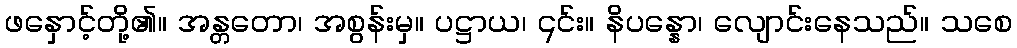
ဖနှောင့်တို့၏။ အန္တတော၊ အစွန်းမှ။ ပဋ္ဌာယ၊ ၎င်း။ နိပန္နော၊ လျောင်းနေသည်။ သစေ